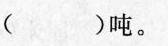
( )吨。